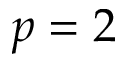
p = 2